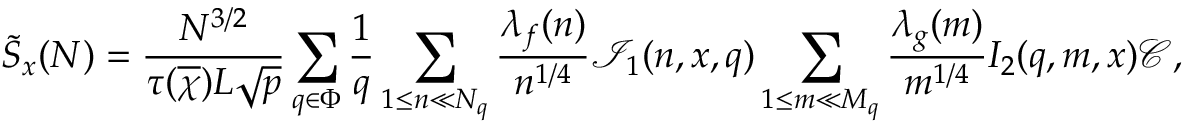
\Tilde { S } _ { x } ( N ) = \frac { N ^ { 3 / 2 } } { \tau ( \overline { { \chi } } ) L \sqrt { p } } \sum _ { q \in \Phi } \frac { 1 } { q } \sum _ { 1 \leq n \ll N _ { q } } \frac { \lambda _ { f } ( n ) } { n ^ { 1 / 4 } } \mathcal { I } _ { 1 } ( n , x , q ) \sum _ { 1 \leq m \ll M _ { q } } \frac { \lambda _ { g } ( m ) } { m ^ { 1 / 4 } } I _ { 2 } ( q , m , x ) \mathcal { C } ,